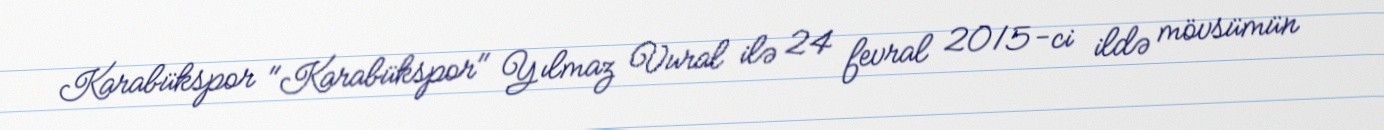
Karabükspor "Karabükspor" Yılmaz Vural ilə 24 fevral 2015-ci ildə mövsümün